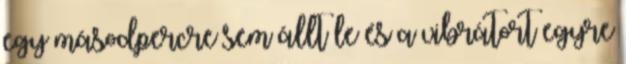
egy másodpercre sem állt le és a vibrátort egyre